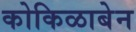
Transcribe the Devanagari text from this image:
कोकिळाबेन